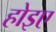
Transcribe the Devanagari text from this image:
होइए